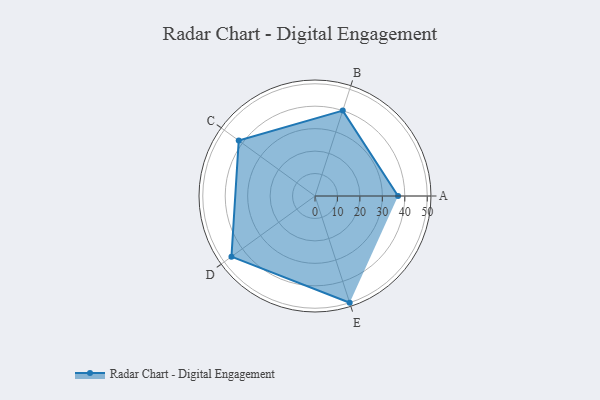
{"axis": {"x": "Skill", "y": "Score"}, "legend": ["Profile"], "data": [{"x": "A", "y": 37.0, "type": "Profile"}, {"x": "B", "y": 40.0, "type": "Profile"}, {"x": "C", "y": 42.0, "type": "Profile"}, {"x": "D", "y": 46.0, "type": "Profile"}, {"x": "E", "y": 50.0, "type": "Profile"}]}